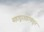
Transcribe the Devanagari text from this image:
बहादूरशहाकडून